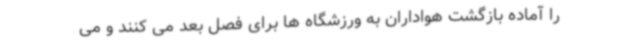
را آماده بازگشت هواداران به ورزشگاه ها برای فصل بعد می کنند و می